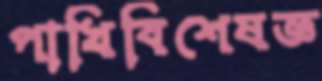
পাখিবিশেষজ্ঞ